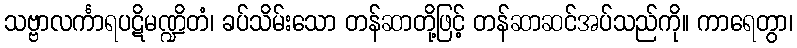
သဗ္ဗာလင်္ကာရပဋိမဏ္ဍိတံ၊ ခပ်သိမ်းသော တန်ဆာတို့ဖြင့် တန်ဆာဆင်အပ်သည်ကို။ ကာရေတွာ၊